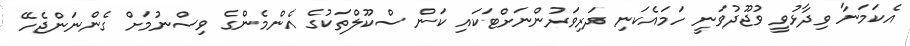
އެކަމަނާ ވިދާޅުވީ ވުޖޫދުވަނީ ހަމައެކަނި ދަރިވަރުންނަށްޓަކައި ކަން ސްކޫލްތަކުގެ އެންމެންގެ ވިސްނުމަށް ގެންނަންޖެހޭ